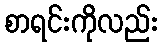
စာရင်းကိုလည်း